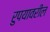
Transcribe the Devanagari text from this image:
रुपयावरील